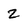
Character: 2